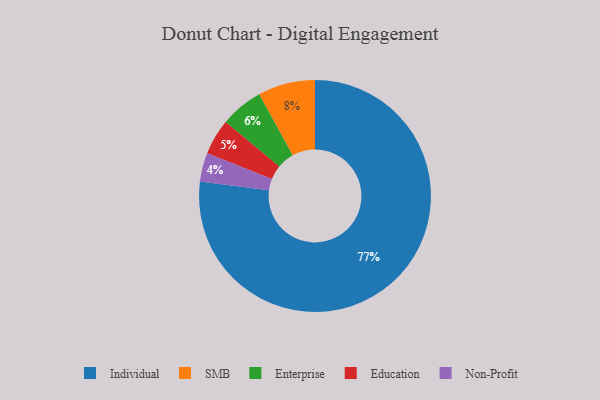
{"axis": {"x": "Category", "y": "Percentage"}, "legend": ["Education", "Enterprise", "Individual", "Non-Profit", "SMB"], "data": [{"x": "Individual", "y": 77, "type": "Individual"}, {"x": "Non-Profit", "y": 4, "type": "Non-Profit"}, {"x": "SMB", "y": 8, "type": "SMB"}, {"x": "Enterprise", "y": 6, "type": "Enterprise"}, {"x": "Education", "y": 5, "type": "Education"}]}